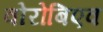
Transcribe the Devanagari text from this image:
वोरोबिएव